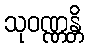
သုဝဏ္ဏန္တိ